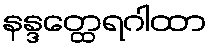
နန္ဒတ္ထေရဂါထာ